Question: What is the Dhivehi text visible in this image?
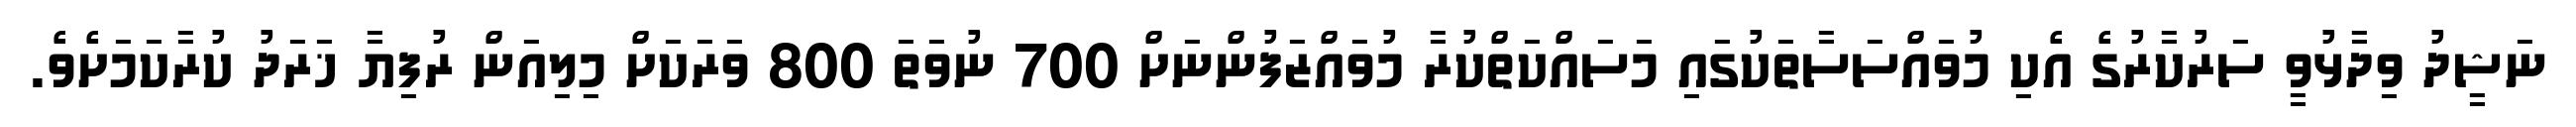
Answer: ނަޝީދު ވިދާޅުވީ ސަރުކާރުގެ އެކި މުވައްސަސާތަކުގައި މަސައްކަތްކުރާ މުވައްޒަފުންނަށް 700 ނުވަތަ 800 ވަރަކަށް މިލިއަން ރުފިޔާ ޚަރަދު ކުރާކަމަށެވެ.